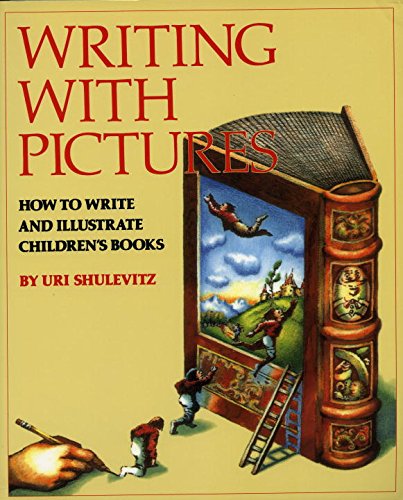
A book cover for Writing with Pictures: How to Write and Illustrate Children's Books; Uri Shulevitz; Reference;